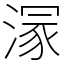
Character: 溕